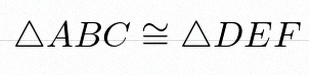
\triangle ABC\cong\triangle DEF